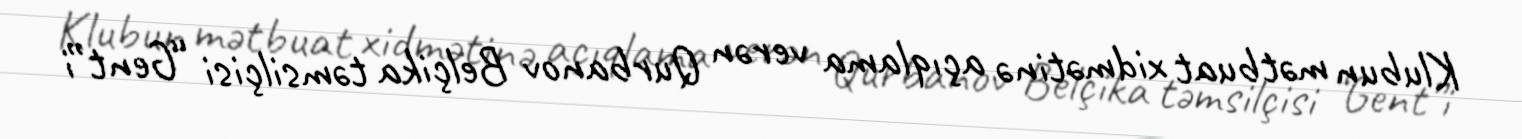
Klubun mətbuat xidmətinə açıqlama verən Qurbanov Belçika təmsilçisi “Gent”i